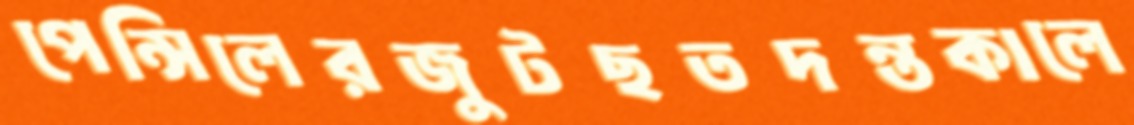
পেন্সিলেরজুটছতদন্তকালে